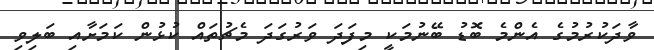
ވާދަކުރުމުގެ އެންމެ ބޮޑު ބޭނުމަކީ މިފަދަ ވަރުގަދަ މެޗުތައް ކުޅުން ކަމަށާއި ބަލިވި